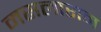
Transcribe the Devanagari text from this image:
मसलाराम